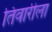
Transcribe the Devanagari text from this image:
तिवारीला